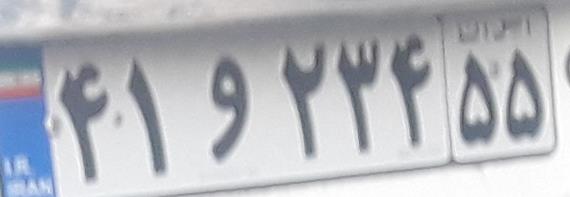
۴۱و۲۳۴۵۵